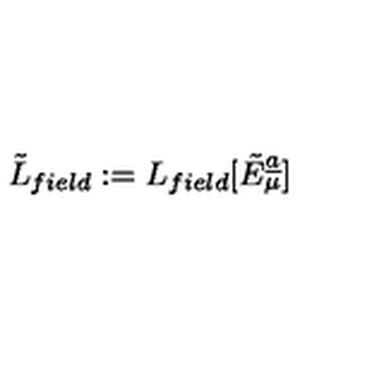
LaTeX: \tilde { L } _ { f i e l d } : = L _ { f i e l d } [ \tilde { E } _ { \mu } \sp { \underline { { a } } } ]